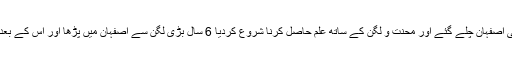
بس یہ جملہ سننا تھا کہ آقا ضیاء الدین عراقی اصفہان چلے گئے اور محنت و لگن کے ساتھ علم حاصل کرنا شروع کردیا 6 سال بڑی لگن سے اصفہان میں پڑھا اور اس کے بعد باب مدینۃ العلم کے جوار کے راہی ہوئے۔